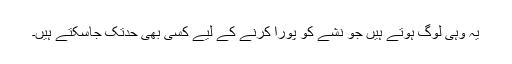
یہ وہی لوگ ہوتے ہیں جو نشے کو پورا کرنے کے لیے کسی بھی حدتک جاسکتے ہیں۔